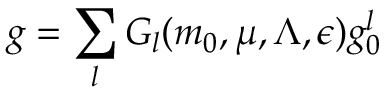
g = \sum _ { l } G _ { l } ( m _ { 0 } , \mu , \Lambda , \epsilon ) g _ { 0 } ^ { l }